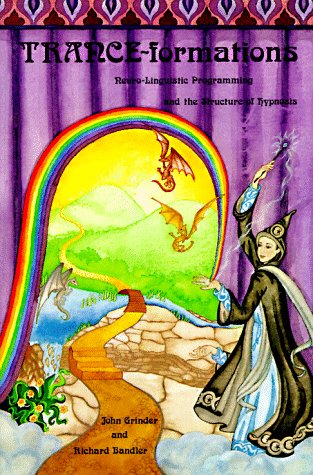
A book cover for Trance-Formations: Neuro-Linguistic Programming and the Structure of Hypnosis; John Grinder; Self-Help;